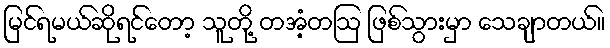
မြင်ရမယ်ဆိုရင်တော့ သူတို့ တအံ့တဩ ဖြစ်သွားမှာ သေချာတယ်။